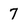
Character: 7